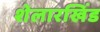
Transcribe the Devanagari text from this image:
शेलारखिंड